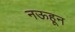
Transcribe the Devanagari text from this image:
नऊहून